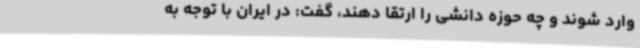
وارد شوند و چه حوزه دانشی را ارتقا دهند، گفت: در ایران با توجه به